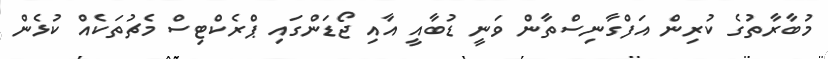
މުބާރާތުގެ ކުރިން އަފްގާނިސްތާން ވަނީ ޑުބާއީ އާއި ޖޯޑަންގައި ޕްރެކްޓިސް މެޗުތަކެއް ކުޅެން